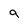
Character: g